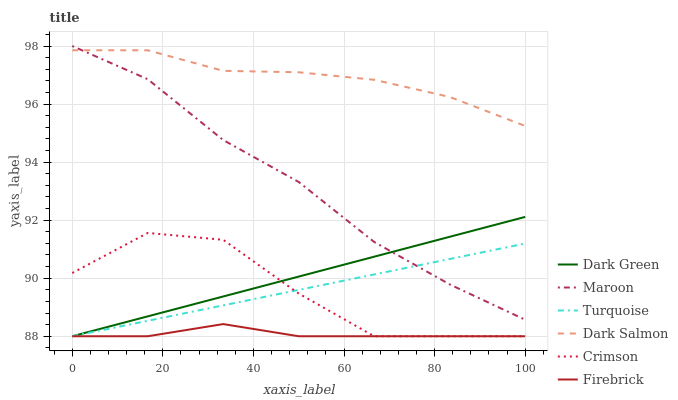
| xaxis_label | Dark Green | Maroon | Turquoise | Dark Salmon | Crimson | Firebrick |
 | --- | --- | --- | --- | --- | --- | --- |
 | 0 | 88 | 98 | 88 | 97.9 | 90.2 | 88 |
 | 16.7 | 88.7 | 96.9 | 88.5 | 97.9 | 91.6 | 88 |
 | 33.3 | 89.4 | 94.8 | 89.1 | 97.1 | 91.3 | 88.4 |
 | 50 | 90.1 | 93.3 | 89.6 | 97.1 | 89.5 | 88 |
 | 66.7 | 90.7 | 91.2 | 90.1 | 96.8 | 88 | 88 |
 | 83.3 | 91.4 | 89.8 | 90.7 | 96.2 | 88 | 88 |
 | 100 | 92.1 | 88.6 | 91.2 | 95.2 | 88 | 88 |